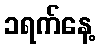
၁ရက်နေ့